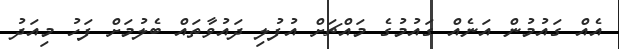
އެއް ގައުމުން އަނެއް ގައުމުގެ މައްޗަށް އުފުލި ދައުވާތައް ބެލުމަށް ފަހު މިއަދު